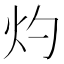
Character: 灼